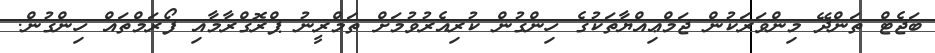
ބަޖެޓް ތަންދޭ މިންވަރަކުން ޖަމްޢިއްޔާތަކުގެ ހިންގުން ކުރިއެރުވުމަށް ތަމްރީނު ޕްރޮގްރާމާއި ފޯރަމްތައް ހިންގުން.